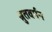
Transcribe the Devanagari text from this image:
श्रुतवर्मन